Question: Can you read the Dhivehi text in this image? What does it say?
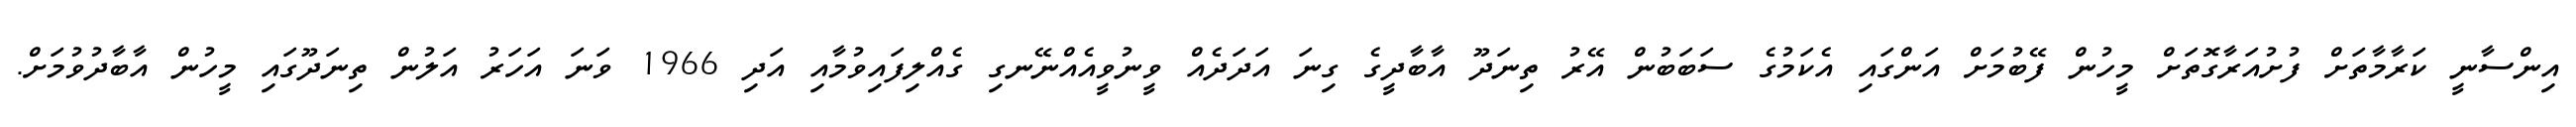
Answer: އިންސާނީ ކަރާމާތަށް ފުށުއަރާގޮތަށް މީހުން ފޭބުމަށް އަންގައި އެކަމުގެ ސަބަބުން އޭރު ތިނަދޫ އާބާދީގެ ގިނަ އަދަދެއް ވީނުވީއެއްނޭނގި ގެއްލިފައިވުމާއި އަދި 1966 ވަނަ އަހަރު އަލުން ތިނަދޫގައި މީހުން އާބާދުވުމަށް.